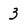
Character: 3